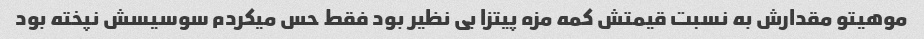
موهیتو مقدارش به نسبت قیمتش کمه مزه پیتزا بی نظیر بود فقط حس میکردم سوسیسش نپخته بود